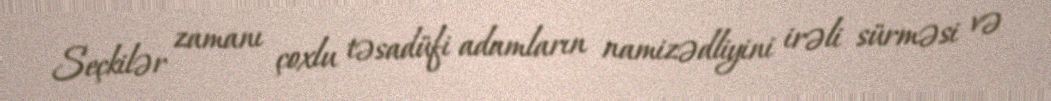
Seçkilər zamanı çoxlu təsadüfi adamların namizədliyini irəli sürməsi və